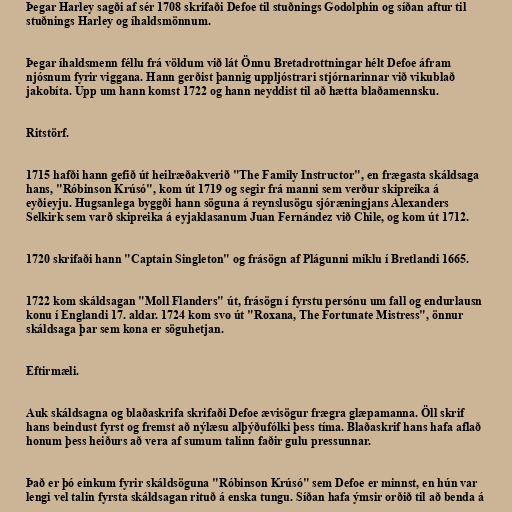
Þegar Harley sagði af sér 1708 skrifaði Defoe til stuðnings Godolphin og síðan aftur til
stuðnings Harley og íhaldsmönnum.

Þegar íhaldsmenn féllu frá völdum við lát Önnu Bretadrottningar hélt Defoe áfram
njósnum fyrir viggana. Hann gerðist þannig uppljóstrari stjórnarinnar við vikublað
jakobíta. Upp um hann komst 1722 og hann neyddist til að hætta blaðamennsku.

Ritstörf.

1715 hafði hann gefið út heilræðakverið "The Family Instructor", en frægasta skáldsaga
hans, "Róbinson Krúsó", kom út 1719 og segir frá manni sem verður skipreika á
eyðieyju. Hugsanlega byggði hann söguna á reynslusögu sjóræningjans Alexanders
Selkirk sem varð skipreika á eyjaklasanum Juan Fernández við Chile, og kom út 1712.

1720 skrifaði hann "Captain Singleton" og frásögn af Plágunni miklu í Bretlandi 1665.

1722 kom skáldsagan "Moll Flanders" út, frásögn í fyrstu persónu um fall og endurlausn
konu í Englandi 17. aldar. 1724 kom svo út "Roxana, The Fortunate Mistress", önnur
skáldsaga þar sem kona er söguhetjan.

Eftirmæli.

Auk skáldsagna og blaðaskrifa skrifaði Defoe ævisögur frægra glæpamanna. Öll skrif
hans beindust fyrst og fremst að nýlæsu alþýðufólki þess tíma. Blaðaskrif hans hafa aflað
honum þess heiðurs að vera af sumum talinn faðir gulu pressunnar.

Það er þó einkum fyrir skáldsöguna "Róbinson Krúsó" sem Defoe er minnst, en hún var
lengi vel talin fyrsta skáldsagan rituð á enska tungu. Síðan hafa ýmsir orðið til að benda á